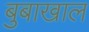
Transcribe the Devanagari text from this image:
बुबाखाल